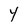
Character: Y